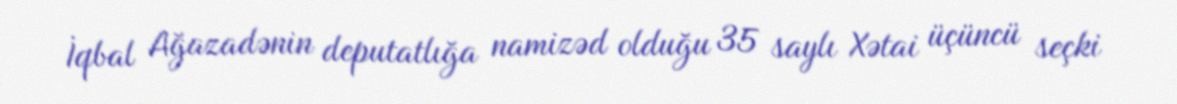
İqbal Ağazadənin deputatlığa namizəd olduğu 35 saylı Xətai üçüncü seçki